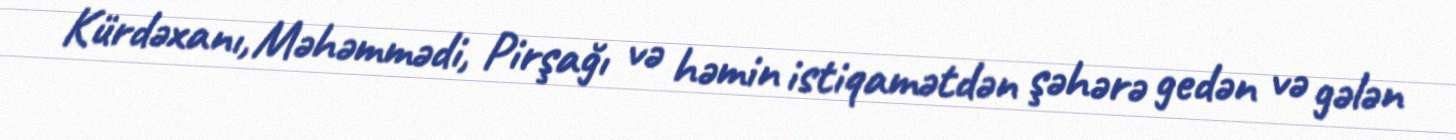
Kürdəxanı, Məhəmmədi, Pirşağı və həmin istiqamətdən şəhərə gedən və gələn